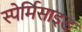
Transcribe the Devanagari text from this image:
स्पेर्मिसाइड